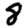
Digit: 8